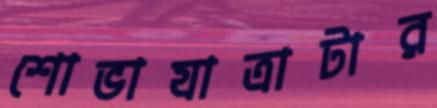
শোভাযাত্রাটার